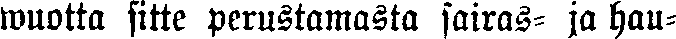
wuotta sitte perustamasta sairas- ja hau-